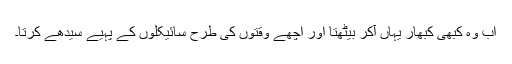
اب وہ کبھی کبھار یہاں آکر بیٹھتا اور اچھے وقتوں کی طرح سائیکلوں کے پہیے سیدھے کرتا۔